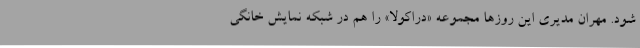
شود. مهران مدیری این روزها مجموعه «دراکولا» را هم در شبکه نمایش خانگی